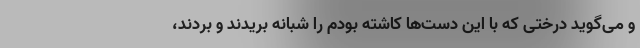
و می‌گوید درختی که با این دست‌ها کاشته بودم را شبانه بریدند و بردند،